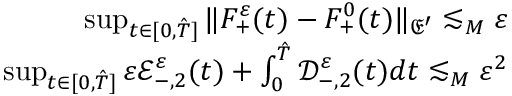
\begin{array} { r } { \operatorname* { s u p } _ { t \in [ 0 , \hat { T } ] } \| F _ { + } ^ { \varepsilon } ( t ) - F _ { + } ^ { 0 } ( t ) \| _ { \mathfrak E ^ { \prime } } \lesssim _ { M } \varepsilon } \\ { \operatorname* { s u p } _ { t \in [ 0 , \hat { T } ] } \varepsilon \mathscr E _ { - , 2 } ^ { \varepsilon } ( t ) + \int _ { 0 } ^ { \hat { T } } \mathscr D _ { - , 2 } ^ { \varepsilon } ( t ) d t \lesssim _ { M } \varepsilon ^ { 2 } } \end{array}